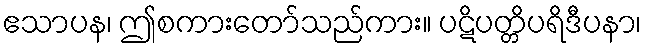
ဧသာပန၊ ဤစကားတော်သည်ကား။ ပဋိပတ္တိပရိဒီပနာ၊